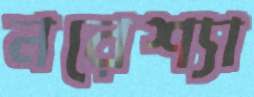
নরেশ্যা